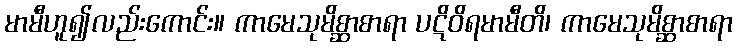
မာမီဟူ၍လည်းကောင်း။ ကာမေသုမိစ္ဆာစာရာ ပဋိဝိရမာမီတိ၊ ကာမေသုမိစ္ဆာစာရာ